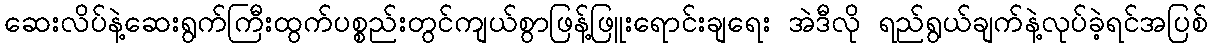
ဆေးလိပ်နဲ့ဆေးရွက်ကြီးထွက်ပစ္စည်းတွင်ကျယ်စွာဖြန့်ဖြူးရောင်းချရေး အဲဒီလို ရည်ရွယ်ချက်နဲ့လုပ်ခဲ့ရင်အပြစ်